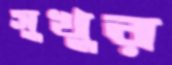
সুখুর